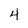
Character: 4